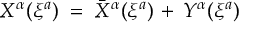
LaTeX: X ^ { \alpha } ( \xi ^ { a } ) \; = \; { \bar { X } } ^ { \alpha } ( \xi ^ { a } ) \, + \, Y ^ { \alpha } ( \xi ^ { a } )